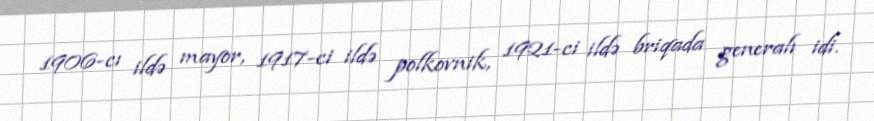
1906-cı ildə mayor, 1917-ci ildə polkovnik, 1921-ci ildə briqada generalı idi.